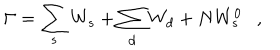
\Gamma = \sum _ { s } W _ { s } + \sum _ { d } W _ { d } + N W _ { s } ^ { 0 } ,